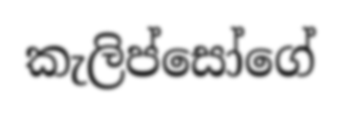
කැලිප්සෝගේ